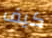
كيف